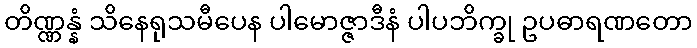
တိဏ္ဏန္နံ သိနေရုသမီပေန ပါမောဇ္ဇာဒီနံ ပါပဘိက္ခု ဥပဓာရဏတော